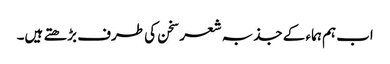
اب ہم ہماء کے جذبہ شعر سخن کی طرف بڑھتے ہیں۔